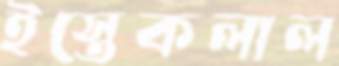
ইস্তেকলাল